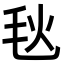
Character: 𪵘